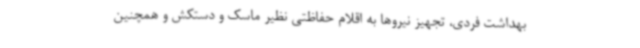
بهداشت فردی، تجهیز نیروها به اقلام حفاظتی نظیر ماسک و دستکش و همچنین